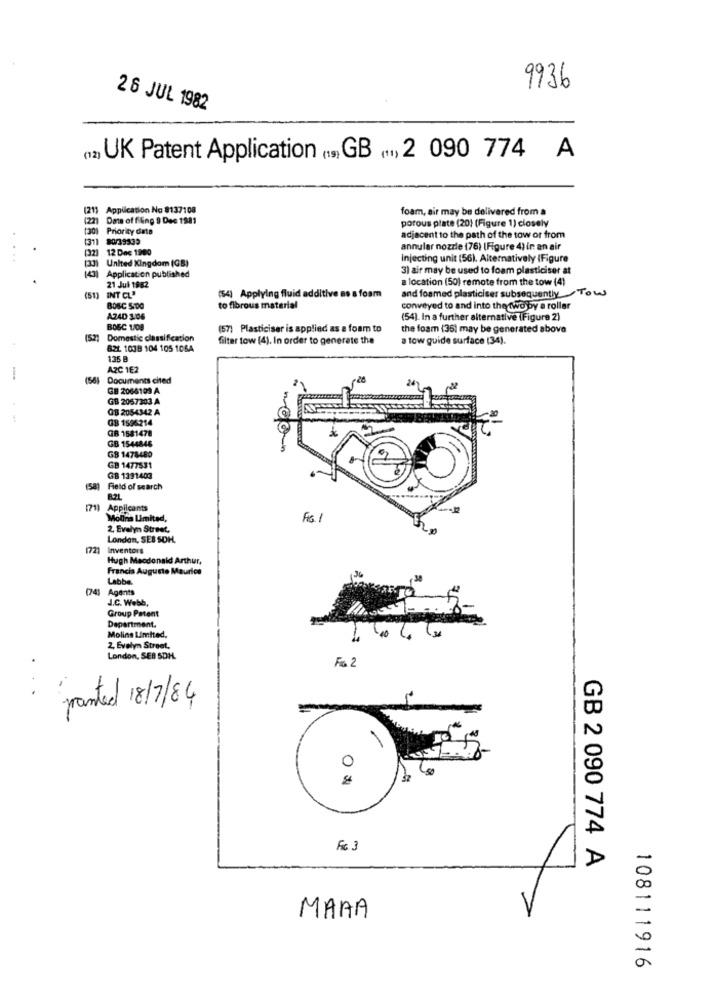
9936
26 JUL 1982
) UK Patent Application (s, GB ., 2 090 774 A
(21) Application No 8137108
foam, air may be delivered from a
(22) Date of filling 9 Dec 1981
porous plate (20) (Figure 1) closely
(30) Priority data
1311 80/39339
adjacent to the path of the tow or from
[32] 12 Das 1980
annular nozzle (76) [Figure 4) in an air
Injecting unit (56). Alternatively (Figure
(33) United Kingdom (GB)
(43)
3) air may be used to foam plasticiser at
Application published
a location (50) remote from the tow (4)
INT CL'
21 Jul 1982
and formed plasticiser subsequently Tow
(51)
(54) Applying fluid additive no a foam
BOSC 5:DO
to fibrous material
conveyed to and into the two by a roller
A24D 1.06
(54). In a further alternative (Figure 2)
BOGC 1.00
(57) Plasticiser is applied as a foam to
the foam (36) may be generated above
(52)
Domestic classification
filter tow (4). In order to generate the
a tow quide surface (34).
821 1038 104 105 106A
135 B
AZC 1E2
-
(56) Documents cited
GB 2066109 A
GB 2067303 A
GB 2054342 A
GB 1506214
GB 1581478
GB 1544846
GB 1478480
GB 1477531
GB 1191403
Field of search
B.2L
Applicants
Molina Limited,
Fix
2. Evelyn Street,
London, SEB SDH.
(72) Inventors
Hugh Macdonald Arthur,
Francis Augusto Maurice
Labbe
(74) Agents
J.C. Webb,
Group Patent
Department.
Molins Limited,
2, Evelyn Street,
London, SEB SDH.
Fis 2
granted 18/7/84
0
Fc 3
GB 2 090 774 A
MAAA
108111916